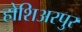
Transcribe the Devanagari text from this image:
होशिअरपुर